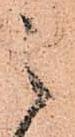
之